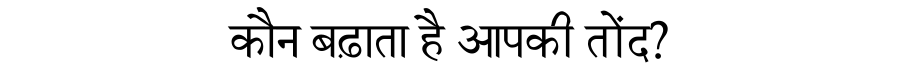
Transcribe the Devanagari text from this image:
कौन बढ़ाता है आपकी तोंद?